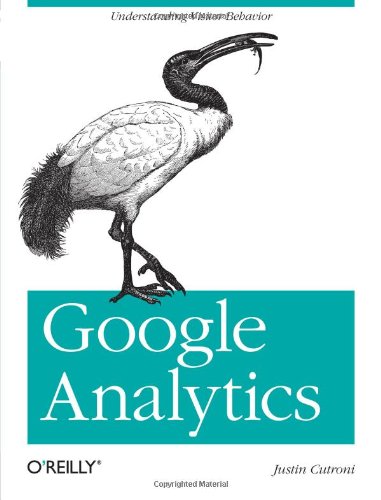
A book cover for Google Analytics; Justin Cutroni; Computers & Technology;